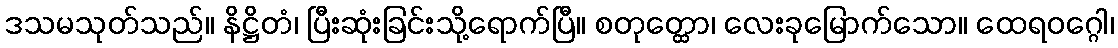
ဒသမသုတ်သည်။ နိဋ္ဌိတံ၊ ပြီးဆုံးခြင်းသို့ရောက်ပြီ။ စတုတ္ထော၊ လေးခုမြောက်သော။ ထေရဝဂ္ဂေါ၊